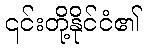
၎င်းတို့နိုင်ငံ၏